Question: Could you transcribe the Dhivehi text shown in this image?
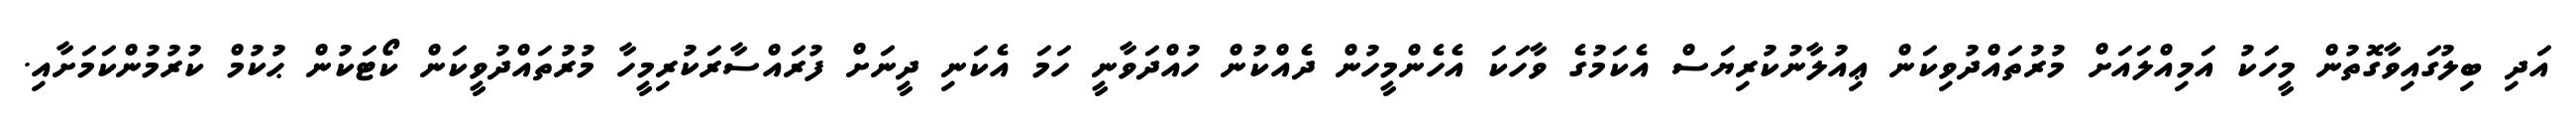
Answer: އަދި ބިލުގައިވާގޮތުން މީހަކު އަމިއްލައަށް މުރުތައްދުވިކަން ޢިއުލާނުކުރިޔަސް އެކަމުގެ ވާހަކަ އެހެންމީހުން ދެއްކުން ހުއްދަވާނީ ހަމަ އެކަނި ދީނަށް ފުރައްސާރަކުރިމީހާ މުރުތައްދުވީކަން ކޯޓަކުން ޙުކުމް ކުރުމުންކަމަށާއި.